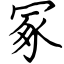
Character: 冢